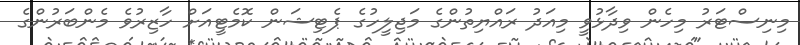
މިނިސްޓަރު މިހެން ވިދާޅުވީ މިއަދު ރައްޔިތުންގެ މަޖިލީހުގެ ޕެޓިޝަން ކޮމެޓީއަށް ހާޒިރުވެ މެންބަރުންގެ